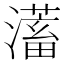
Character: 𭳀